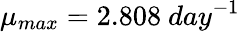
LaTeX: \mu_{max}=2.808~day^{-1}